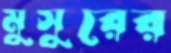
মুসুরের